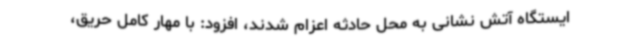
ایستگاه آتش نشانی به محل حادثه اعزام شدند، افزود: با مهار کامل حریق،